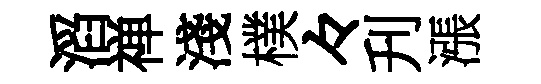
滔禅淺樸々刋漲